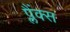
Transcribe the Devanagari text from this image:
प्लैंक्स